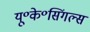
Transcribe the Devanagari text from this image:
यू॰के॰सिंगल्स